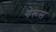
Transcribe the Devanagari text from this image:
गेरूस